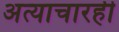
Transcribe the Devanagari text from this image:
अत्याचारही